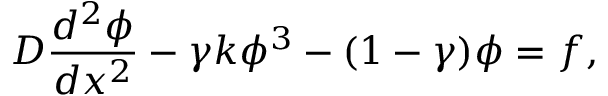
D \frac { d ^ { 2 } \phi } { d x ^ { 2 } } - \gamma k \phi ^ { 3 } - ( 1 - \gamma ) \phi = f ,